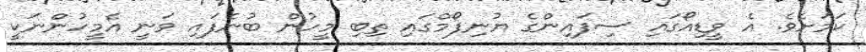
ކަމަށެވެ. އެ ވީޑިއޯގައި ސިފައިންގެ ޔުނިފޯމްގައި ތިބި މީހުން ބުނެފައި ވަނީ އެމީހުންނަކީ